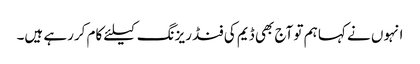
انہوں نے کہا ہم تو آج بھی ڈیم کی فنڈ ریزنگ کیلئے کام کررہے ہیں۔